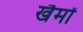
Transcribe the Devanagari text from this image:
खैमों